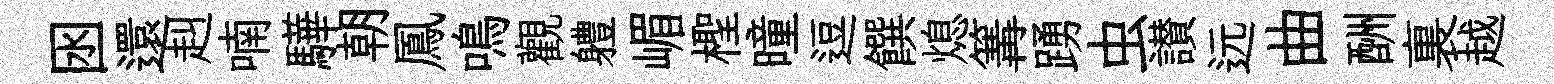
囦還赳喃驊朝鳳鳴觀軆嵋檉曈逗饌熄篝踴虫讃远曲酬裏越